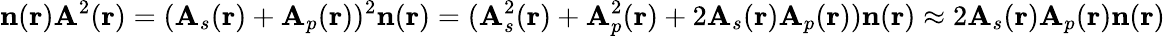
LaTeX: \mathbf{n}(\mathbf{r})\mathbf{A}^{2}(\mathbf{r})=(\mathbf{A}_{s}(\mathbf{r})+\mathbf{A}_{p}(\mathbf{r}))^{2}\mathbf{n}(\mathbf{r})=(\mathbf{A}_{s}^{2}(\mathbf{r})+\mathbf{A}_{p}^{2}(\mathbf{r})+2\mathbf{A}_{s}(\mathbf{r})\mathbf{A}_{p}(\mathbf{r}))\mathbf{n}(\mathbf{r})\approx 2\mathbf{A}_{s}(\mathbf{r})\mathbf{A}_{p}(\mathbf{r})\mathbf{n}(\mathbf{r})